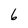
Character: 6